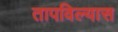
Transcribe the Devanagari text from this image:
तापविल्यास